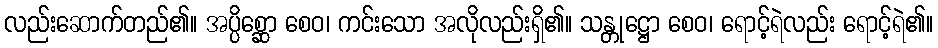
လည်းဆောက်တည်၏။ အပ္ပိစ္ဆော စေဝ၊ ကင်းသော အလိုလည်းရှိ၏။ သန္တုဋ္ဌော စေဝ၊ ရောင့်ရဲလည်း ရောင့်ရဲ၏။